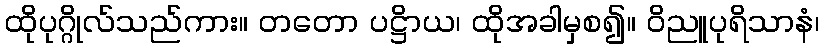
ထိုပုဂ္ဂိုလ်သည်ကား။ တတော ပဋ္ဌိာယ၊ ထိုအခါမှစ၍။ ဝိညူပုရိသာနံ၊